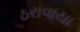
ઠરાવાયા